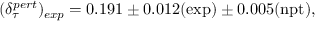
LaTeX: ( \delta _ { \tau } ^ { p e r t } ) _ { e x p } = 0 . 1 9 1 \pm 0 . 0 1 2 ( \mathrm { e x p } ) \pm 0 . 0 0 5 ( \mathrm { n p t } ) ,